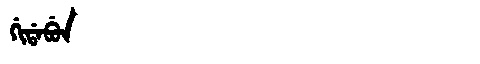
Manchu: ᡤᡳᡩᠠᠪᡠᠨ
Romanization: GIDABUN